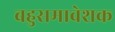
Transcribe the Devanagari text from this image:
बहुसमावेशक